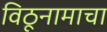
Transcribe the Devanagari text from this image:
विठूनामाचा